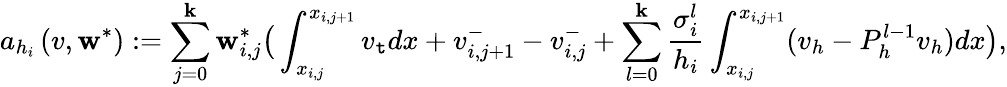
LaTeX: a_{h_{i}}\left(v,\mathbf{w}^{*}\right):=\sum_{j=0}^{\mathbf{k}}\mathbf{w}_{i,j}^{*}\big(\int_{x_{i,j}}^{x_{i,j+1}}v_{\mathtt{t}}dx+v_{i,j+1}^{-}-v_{i,j}^{-}+\displaystyle\sum_{l=0}^{\mathbf{k}}\frac{{\sigma_{i}^{l}}}{{h_{i}}}\int_{x_{i,j}}^{x_{i,j+1}}(v_{h}-P_{h}^{l-1}v_{h})dx\big),